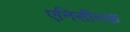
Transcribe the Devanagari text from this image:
एनिसीस्क